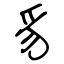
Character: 豸